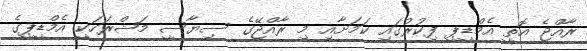
ރާއްޖެ އޮތީ އެމްޑީޕީ ފިކުރުގައި ކަމަށާއި މި ރާއްޖޭގެ ސިޔާސީ މަޝްރަހަކީ އެމްޑީޕީގެ